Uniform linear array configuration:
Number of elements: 16
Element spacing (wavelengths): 0.5
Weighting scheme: cosine
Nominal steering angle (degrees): -60
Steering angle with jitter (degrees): -58.114
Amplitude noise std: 0.05
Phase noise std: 0.05

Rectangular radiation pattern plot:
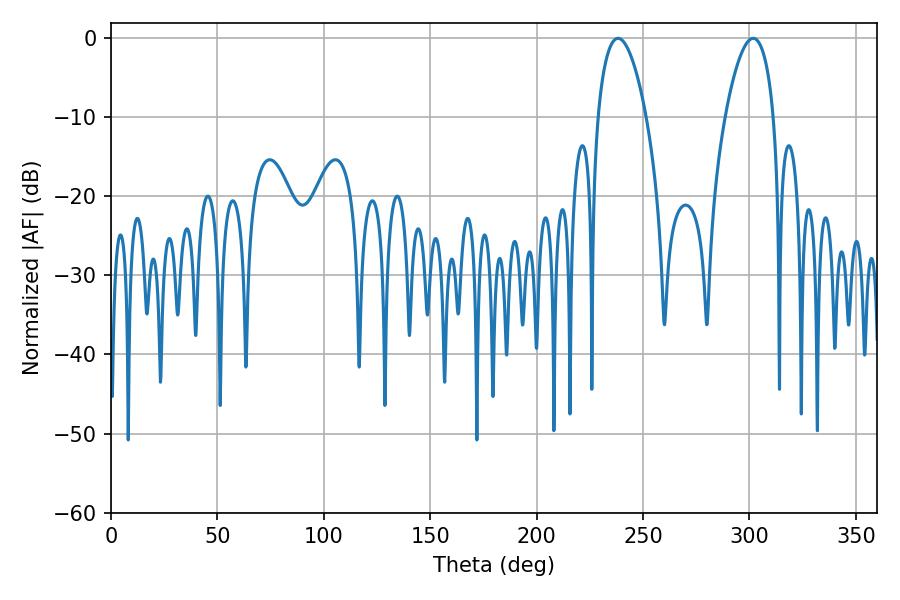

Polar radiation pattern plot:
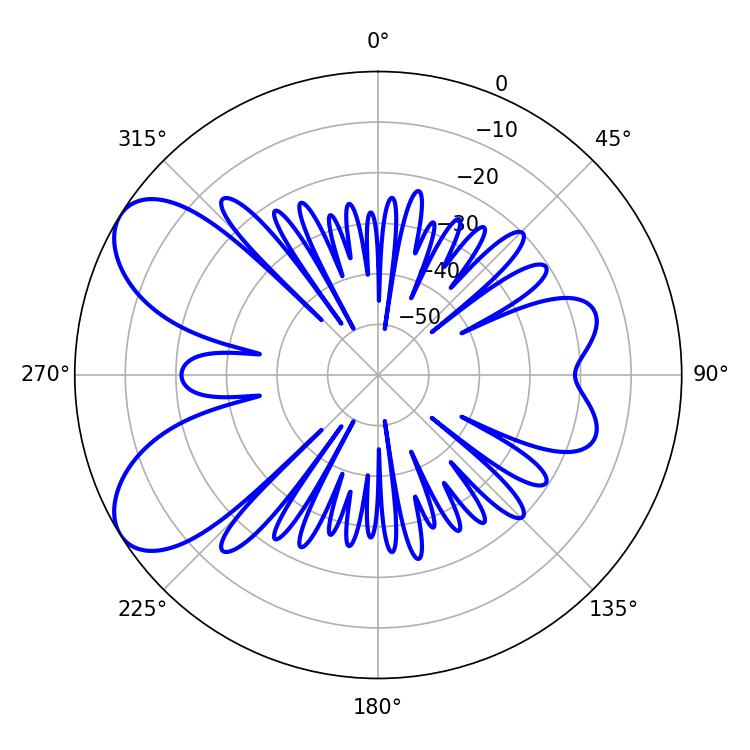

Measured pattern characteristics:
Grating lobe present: FALSE
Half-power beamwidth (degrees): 12.6
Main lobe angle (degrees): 238.32